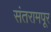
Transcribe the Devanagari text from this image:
संतरामपूर